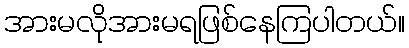
အားမလိုအားမရဖြစ်နေကြပါတယ်။